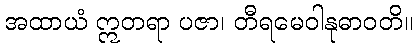
အထာယံ ဣတရာ ပဇာ၊ တီရမေဝါနုဓာဝတိ။